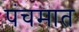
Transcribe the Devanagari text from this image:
पंचमात